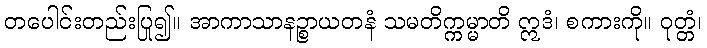
တပေါင်းတည်းပြု၍။ အာကာသာနဉ္စာယတနံ သမတိက္ကမ္မာတိ ဣဒံ၊ စကားကို။ ဝုတ္တံ၊